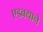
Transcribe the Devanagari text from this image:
एडक्याने